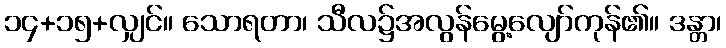
၁၄+၁၅+လျှင်။ သောရတာ၊ သီလ၌အလွန်မွေ့လျော်ကုန်၏။ ဒန္တာ၊